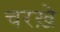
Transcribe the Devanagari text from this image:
चरख़े